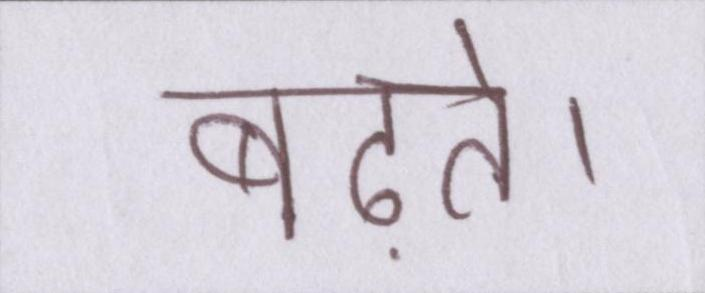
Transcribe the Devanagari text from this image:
बढ़ते।